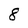
Character: 8